Civil Veterinary Dept. Bombay admin report 1923-31 - 1923-1931
Year: 1923
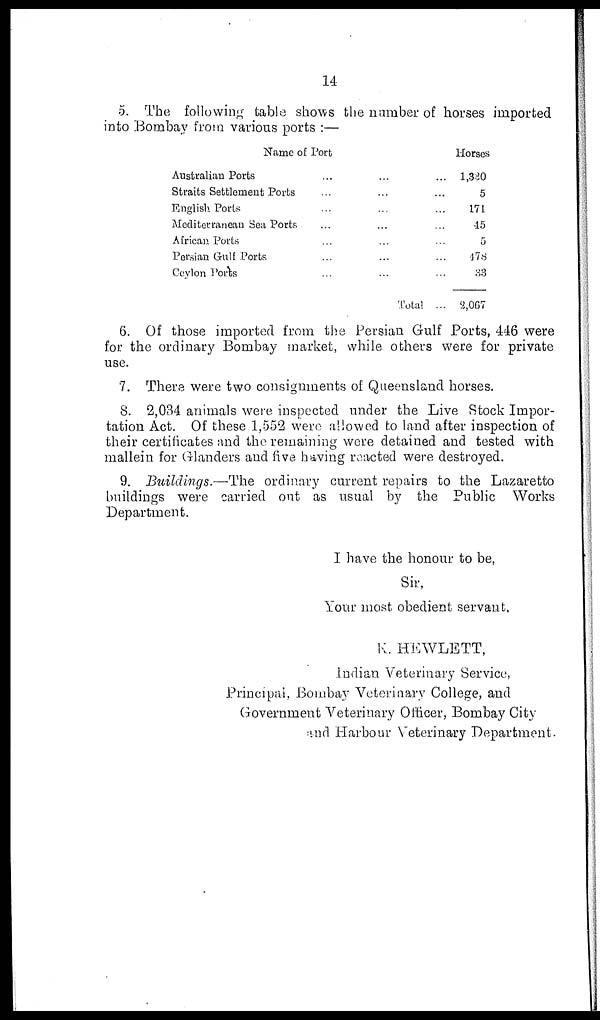
14
5. The following table shows the number of horses imported
into Bombay from various ports:—
Name of Port
Australian Ports ... ... ...
Straits Settlement Ports ... ... ...
English Ports ... ... ...
Mediterranean Sea Ports ... ... ...
African Ports ... ... ...
Persian Gulf Ports ... ... ...
Ceylon Ports ... ... ...
Total...
Horses
1,330
5
171
45
5
478
33
2,067
6. Of those imported from the Persian Gulf Ports, 446 were
for the ordinary Bombay market, while others were for private
use.
7. There were two consignments of Queensland horses.
8. 2,034 animals were inspected under the Live Stock Impor-
tation Act. Of these 1,552 were allowed to land after inspection of
their certificates and the remaining were detained and tested with
mallein for Glanders and five having reacted were destroyed.
9. Buildings.—The ordinary current repairs to the Lazaretto
buildings were carried out as usual by the Public Works
Department.
I have the honour to be,
Sir,
Your most obedient servant,
K. HEWLETT,
Indian Veterinary Service,
Principal, Bombay Veterinary College, and
Government Veterinary Officer, Bombay City
and Harbour Veterinary Department.